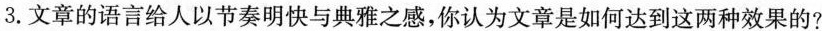
3.文章的语言给人以节奏明快与典雅之感,你认为文章是如何达到这两种效果的?